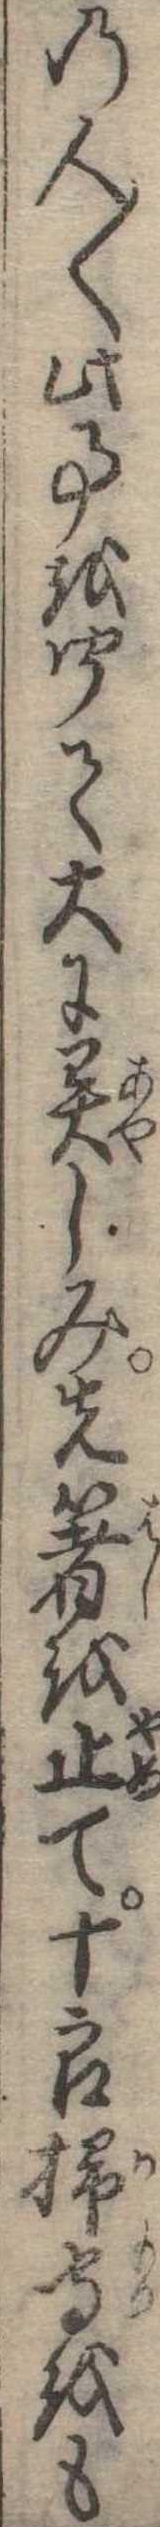
の人〱此事を聞て大に異しみ先箸を止て十郎掃守をも